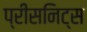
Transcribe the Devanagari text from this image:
प्रीसनिट्स